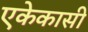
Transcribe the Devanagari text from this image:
एकेकासी